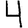
Digit: 4